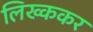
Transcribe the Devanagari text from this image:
लिख्ककर